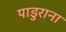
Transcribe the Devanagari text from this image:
पाडुराना